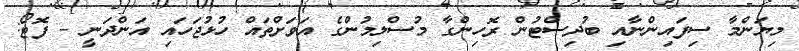
މިޔަންމާ ސިފައިންނާއި ބުދިސްޓުން ރޮހިންގާ މުސްލިމުންގެ އަވަށްތައް ހުޅުޖަހައި އަންދަނީ - ފޮޓޯ: